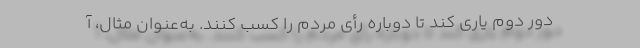
دور دوم یاری کند تا دوباره رأی مردم را کسب کنند. به‌عنوان مثال، آ